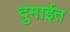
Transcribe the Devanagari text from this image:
दुमाईत